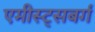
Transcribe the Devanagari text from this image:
एमीस्ट्सबर्ग